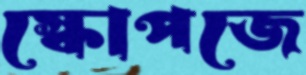
স্কোপজে